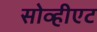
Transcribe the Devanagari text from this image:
सोव्हीएट